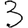
Digit: 3